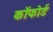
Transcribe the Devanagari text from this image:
कॉफोर्ड